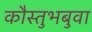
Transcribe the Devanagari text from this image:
कौस्तुभबुवा